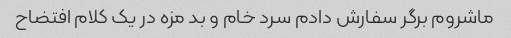
ماشروم برگر سفارش دادم سرد خام و بد مزه در یک کلام افتضاح